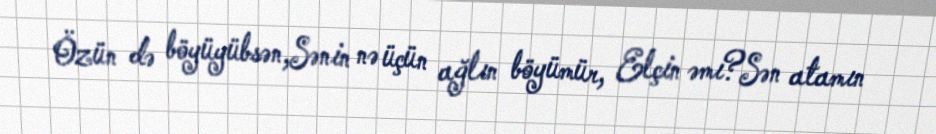
Özün də böyüyübsən,Sənin nə üçün ağlın böyümür, Elçin əmi?Sən atamın